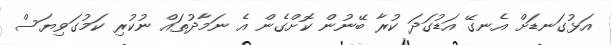
އަޅުގަނޑަށް އެނގޭ އަޑުގަދަ ކުރާ ބޭނުން ކޮށްގެން އެ ނަމާދުތައް ނުކުރި ކަމުގަވިޔަސް